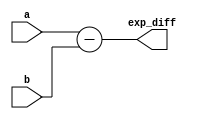
module smallalu(a,b,exp_diff);
input [7:0] a;
input [7:0] b;
output reg [7:0] exp_diff;

always @ *
begin
exp_diff = a-b;
end
endmodule